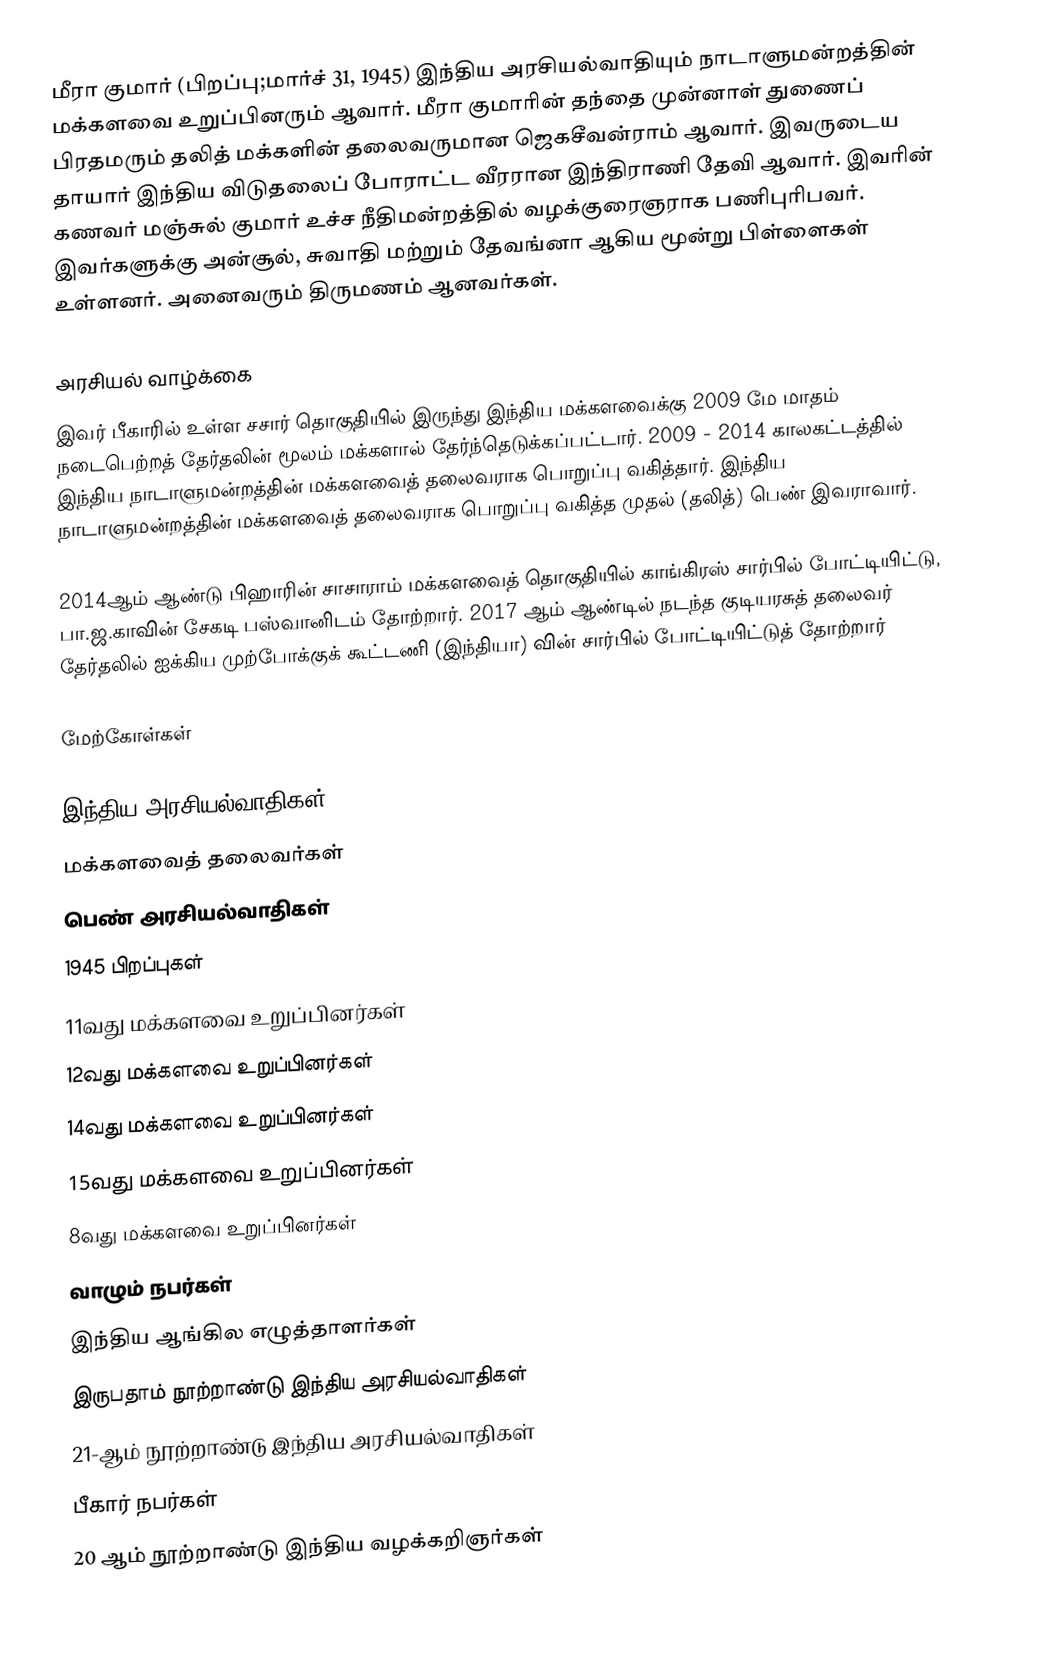
மீரா குமார் (பிறப்பு;மார்ச் 31, 1945) இந்திய அரசியல்வாதியும் நாடாளுமன்றத்தின் மக்களவை உறுப்பினரும் ஆவார்.  மீரா குமாரின் தந்தை முன்னாள் துணைப் பிரதமரும் தலித் மக்களின் தலைவருமான ஜெகசீவன்ராம் ஆவார். இவருடைய தாயார் இந்திய விடுதலைப் போராட்ட வீரரான இந்திராணி தேவி ஆவார். இவரின் கணவர் மஞ்சுல் குமார் உச்ச நீதிமன்றத்தில் வழக்குரைஞராக பணிபுரிபவர். இவர்களுக்கு அன்சூல், சுவாதி மற்றும் தேவங்னா ஆகிய மூன்று பிள்ளைகள் உள்ளனர். அனைவரும் திருமணம் ஆனவர்கள்.

அரசியல் வாழ்க்கை
இவர் பீகாரில் உள்ள சசார் தொகுதியில் இருந்து இந்திய மக்களவைக்கு 2009 மே மாதம் நடைபெற்றத் தேர்தலின் மூலம் மக்களால் தேர்ந்தெடுக்கப்பட்டார். 2009 - 2014 காலகட்டத்தில் இந்திய நாடாளுமன்றத்தின் மக்களவைத் தலைவராக பொறுப்பு வகித்தார். இந்திய நாடாளுமன்றத்தின் மக்களவைத் தலைவராக பொறுப்பு வகித்த முதல் (தலித்) பெண் இவராவார்.

2014ஆம் ஆண்டு பிஹாரின் சாசாராம் மக்களவைத் தொகுதியில் காங்கிரஸ் சார்பில் போட்டியிட்டு, பா.ஜ.காவின் சேகடி பஸ்வானிடம் தோற்றார். 2017 ஆம் ஆண்டில் நடந்த குடியரசுத் தலைவர் தேர்தலில் ஐக்கிய முற்போக்குக் கூட்டணி (இந்தியா) வின் சார்பில் போட்டியிட்டுத் தோற்றார்

மேற்கோள்கள்

இந்திய அரசியல்வாதிகள்
மக்களவைத் தலைவர்கள்
பெண் அரசியல்வாதிகள்
1945 பிறப்புகள்
11வது மக்களவை உறுப்பினர்கள்
12வது மக்களவை உறுப்பினர்கள்
14வது மக்களவை உறுப்பினர்கள்
15வது மக்களவை உறுப்பினர்கள்
8வது மக்களவை உறுப்பினர்கள்
வாழும் நபர்கள்
இந்திய ஆங்கில எழுத்தாளர்கள்
இருபதாம் நூற்றாண்டு இந்திய அரசியல்வாதிகள்
21-ஆம் நூற்றாண்டு இந்திய அரசியல்வாதிகள்
பீகார் நபர்கள்
20 ஆம் நூற்றாண்டு இந்திய வழக்கறிஞர்கள்